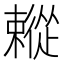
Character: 𢖗